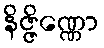
နိဇ္ဇိဏ္ဏော